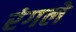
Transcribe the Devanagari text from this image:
रंगले